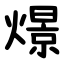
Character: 燝